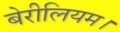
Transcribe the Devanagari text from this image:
बेरीलियम।